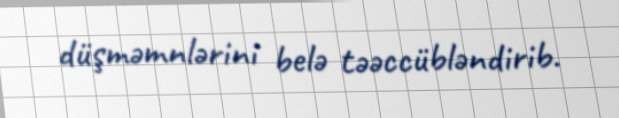
düşməmnlərini belə təəccübləndirib.